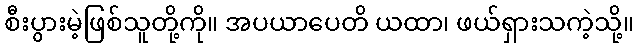
စီးပွားမဲ့ဖြစ်သူတို့ကို။ အပယာပေတိ ယထာ၊ ဖယ်ရှားသကဲ့သို့။